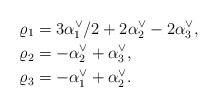
LaTeX: \begin{align*}\varrho_1 &= 3\alpha_1^\vee/2 + 2\alpha_2^\vee - 2\alpha_3^\vee,\\\varrho_2 &= - \alpha_2^\vee + \alpha_3^\vee, \\\varrho_3 &= - \alpha_1^\vee + \alpha_2^\vee.\end{align*}